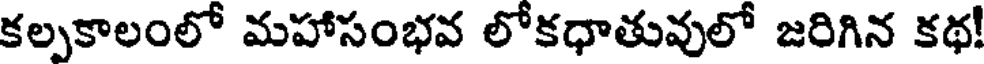
కల్పకాలంలో మహాసంభవ లోకధాతువులో జరిగిన కథ!